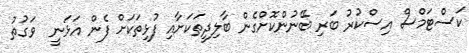
ކަސްޓަމްސް އިސްކުރު ބަރި ބޭނުންކޮށްގެން ބާލިދީތަކަށާއި ފުޅިތަކަށް ފެން އަޅަނީ  ވަގުތު